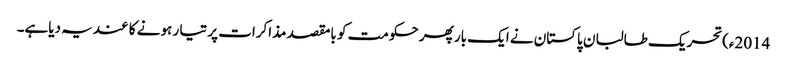
2014ء)تحریک طالبان پاکستان نے ایک بار پھر حکومت کو بامقصد مذاکرات پر تیا ر ہونے کا عندیہ دیاہے۔